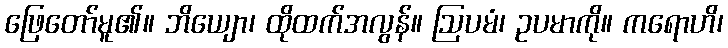
ဖြေတော်မူ၏။ ဘိယျော၊ ထိုထက်အလွန်။ ဩပမံ၊ ဥပမာကို။ ကရောဟိ၊